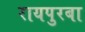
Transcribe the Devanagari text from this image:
रायपुरबा